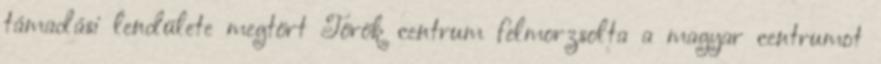
támadási lendülete megtört Török centrum felmorzsolta a magyar centrumot